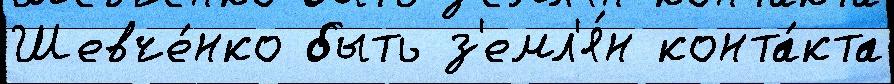
Шевче́нко быть з'емл'я́н конта́кта